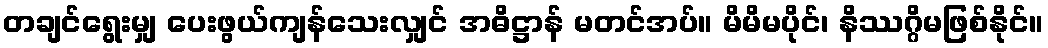
တချင်ရွေးမျှ ပေးဖွယ်ကျန်သေးလျှင် အဓိဋ္ဌာန် မတင်အပ်။ မိမိမပိုင်၊ နိဿဂ္ဂိမဖြစ်နိုင်။